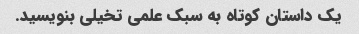
یک داستان کوتاه به سبک علمی تخیلی بنویسید.